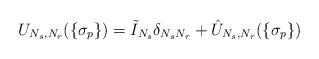
\begin{align*}U_{N_s,N_r}(\{\sigma_p\})=\tilde I_{N_s}\delta_{N_sN_r}+\hat U_{N_s,N_r}(\{\sigma_p\})\end{align*}